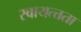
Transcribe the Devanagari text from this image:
स्वायत्त्तता